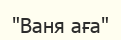
"Ваня аға"